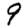
Digit: 9